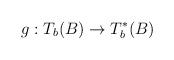
LaTeX: \begin{align*}g:T_{b}(B)\rightarrow T_{b}^{\ast }(B) \end{align*}